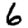
Digit: 6